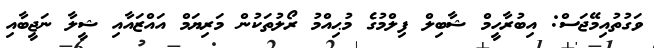
ވަގުތުއިމޭޖަސް: އިބުރާހީމް ޝާބިލް ފިލްމުގެ މުޙިއްމު ރޯލުތަކުން މަރިޔަމް އައްޒައާއި ޝީލާ ނަޖީބާއި